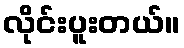
လိုင်းပူးတယ်။